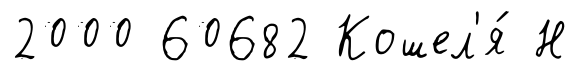
2000 60682 Кошел'я́ Н